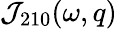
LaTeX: {\cal J}_{210}(\omega,q)